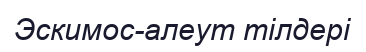
Эскимос-алеут тілдері